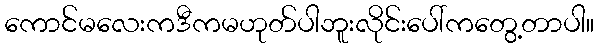
ကောင်မလေးကဒီကမဟုတ်ပါဘူးလိုင်းပေါ်ကတွေ့တာပါ။